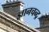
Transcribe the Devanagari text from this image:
ज्ञानचन्द्र